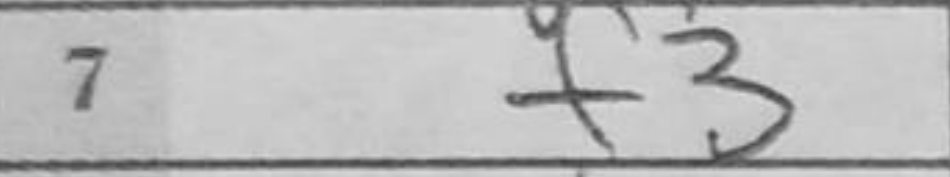
Transcription: f3